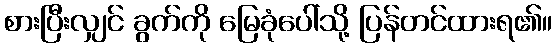
စားပြီးလျှင် ခွက်ကို မြေခုံပေါ်သို့ ပြန်တင်ထားရ၏။